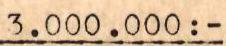
3.000.000:-